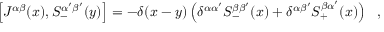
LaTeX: \left[ J ^ { \alpha \beta } ( x ) , S _ { - } ^ { \alpha ^ { \prime } \beta ^ { \prime } } ( y ) \right] = - \delta ( x - y ) \left( \delta ^ { \alpha \alpha ^ { \prime } } S _ { - } ^ { \beta \beta ^ { \prime } } ( x ) + \delta ^ { \alpha \beta ^ { \prime } } S _ { + } ^ { \beta \alpha ^ { \prime } } ( x ) \right) ~ ~ ,